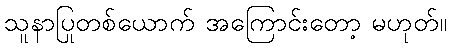
သူနာပြုတစ်ယောက် အကြောင်းတော့ မဟုတ်။